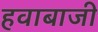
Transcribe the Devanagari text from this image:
हवाबाजी